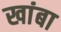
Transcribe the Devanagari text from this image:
खांबा